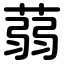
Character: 蒻